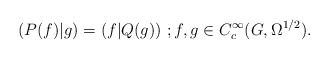
\begin{align*} (P(f) \vert g ) = (f \vert Q(g) ) \ ; f,g\in C^\infty_c(G,\Omega^{1/2}).\end{align*}